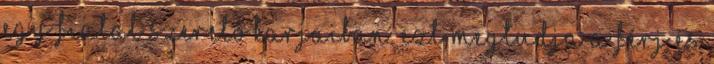
egy fiatal szerető karjaiban. Ezt megtudja a férj és